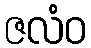
ဇလံဝ